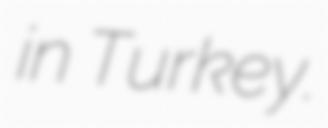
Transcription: in Turkey.